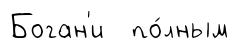
Боган'и по́лным